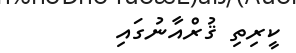
ކީރިތި ޤުރްއާނުގައި